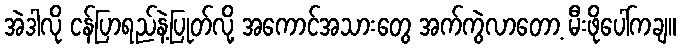
အဲဒါလို ငန်ပြာရည်နဲ့ပြုတ်လို့ အကောင်အသားတွေ အက်ကွဲလာတော့ မီးဖိုပေါ်ကချ။